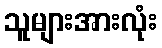
သူများအားလုံး